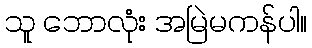
သူ ဘောလုံး အမြဲမကန်ပါ။